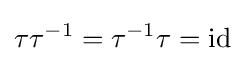
\tau \tau ^{-1}=\tau ^{-1}\tau ={\text{id}}